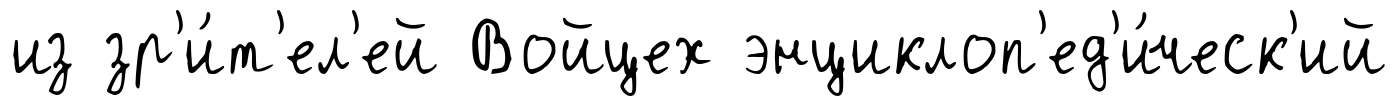
из зр'и́т'ел'ей Войцех энциклоп'ед'и́ческ'ий